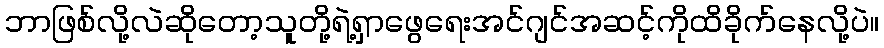
ဘာဖြစ်လို့လဲဆိုတော့သူတို့ရဲ့ရှာဖွေရေးအင်ဂျင်အဆင့်ကိုထိခိုက်နေလို့ပဲ။